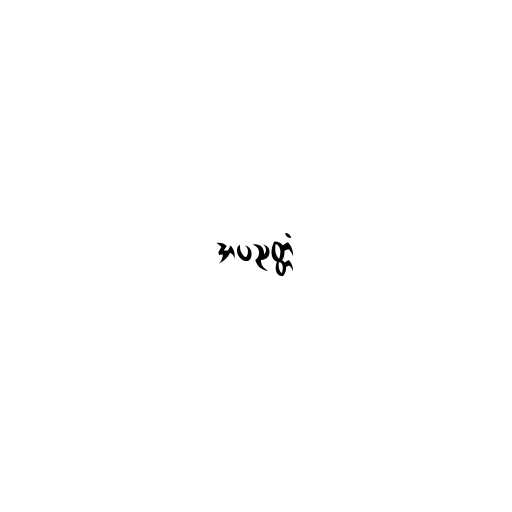
အပညတ္တံ